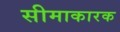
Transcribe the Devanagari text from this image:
सीमाकारक